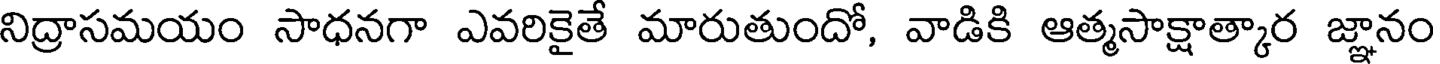
నిద్రాసమయం సాధనగా ఎవరికైతే మారుతుందో, వాడికి ఆత్మసాక్షాత్కార జ్ఞానం